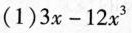
(1)$$3 x - 1 2 ^ { 3 }$$